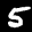
Label: 5